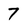
Character: 7